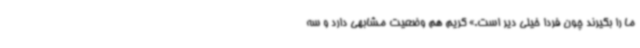
ما را بگیرند چون فردا خیلی دیر است.» کریم هم وضعیت مشابهی دارد و سه